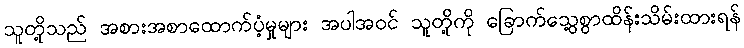
သူတို့သည် အစားအစာထောက်ပံ့မှုများ အပါအဝင် သူတို့ကို ခြောက်သွေ့စွာထိန်းသိမ်းထားရန်